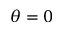
\theta = 0